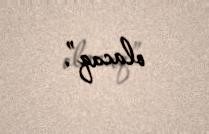
olacaq”.